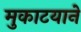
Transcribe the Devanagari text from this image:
मुकाटयाने